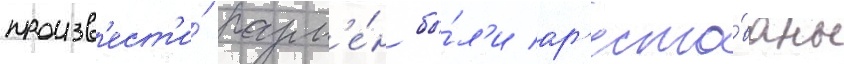
произв'ест'и́ разм'е́н бы́л'и ар'есто́ваны